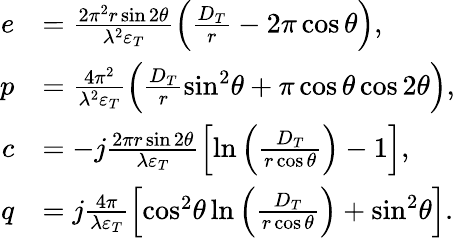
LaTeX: \begin{array}{rl}{e}&{=\frac{{2{\pi^{2}}r\sin 2\theta}}{{{\lambda^{2}}{\varepsilon_{T}}}}\left({\frac{{{D_{T}}}}{r}-2\pi\cos\theta}\right),}\\ {p}&{=\frac{{4{\pi^{2}}}}{{{\lambda^{2}}{\varepsilon_{T}}}}\left({\frac{{{D_{T}}}}{r}{{\sin}^{2}}\theta+\pi\cos\theta\cos 2\theta}\right),}\\ {c}&{=-j\frac{{2\pi r\sin 2\theta}}{{\lambda{\varepsilon_{T}}}}\left[{\ln\left({\frac{{{D_{T}}}}{{r\cos\theta}}}\right)-1}\right],}\\ {q}&{=j\frac{{4\pi}}{{\lambda{\varepsilon_{T}}}}\left[{{{\cos}^{2}}\theta\ln\left({\frac{{{D_{T}}}}{{r\cos\theta}}}\right)+{{\sin}^{2}}\theta}\right].}\end{array}